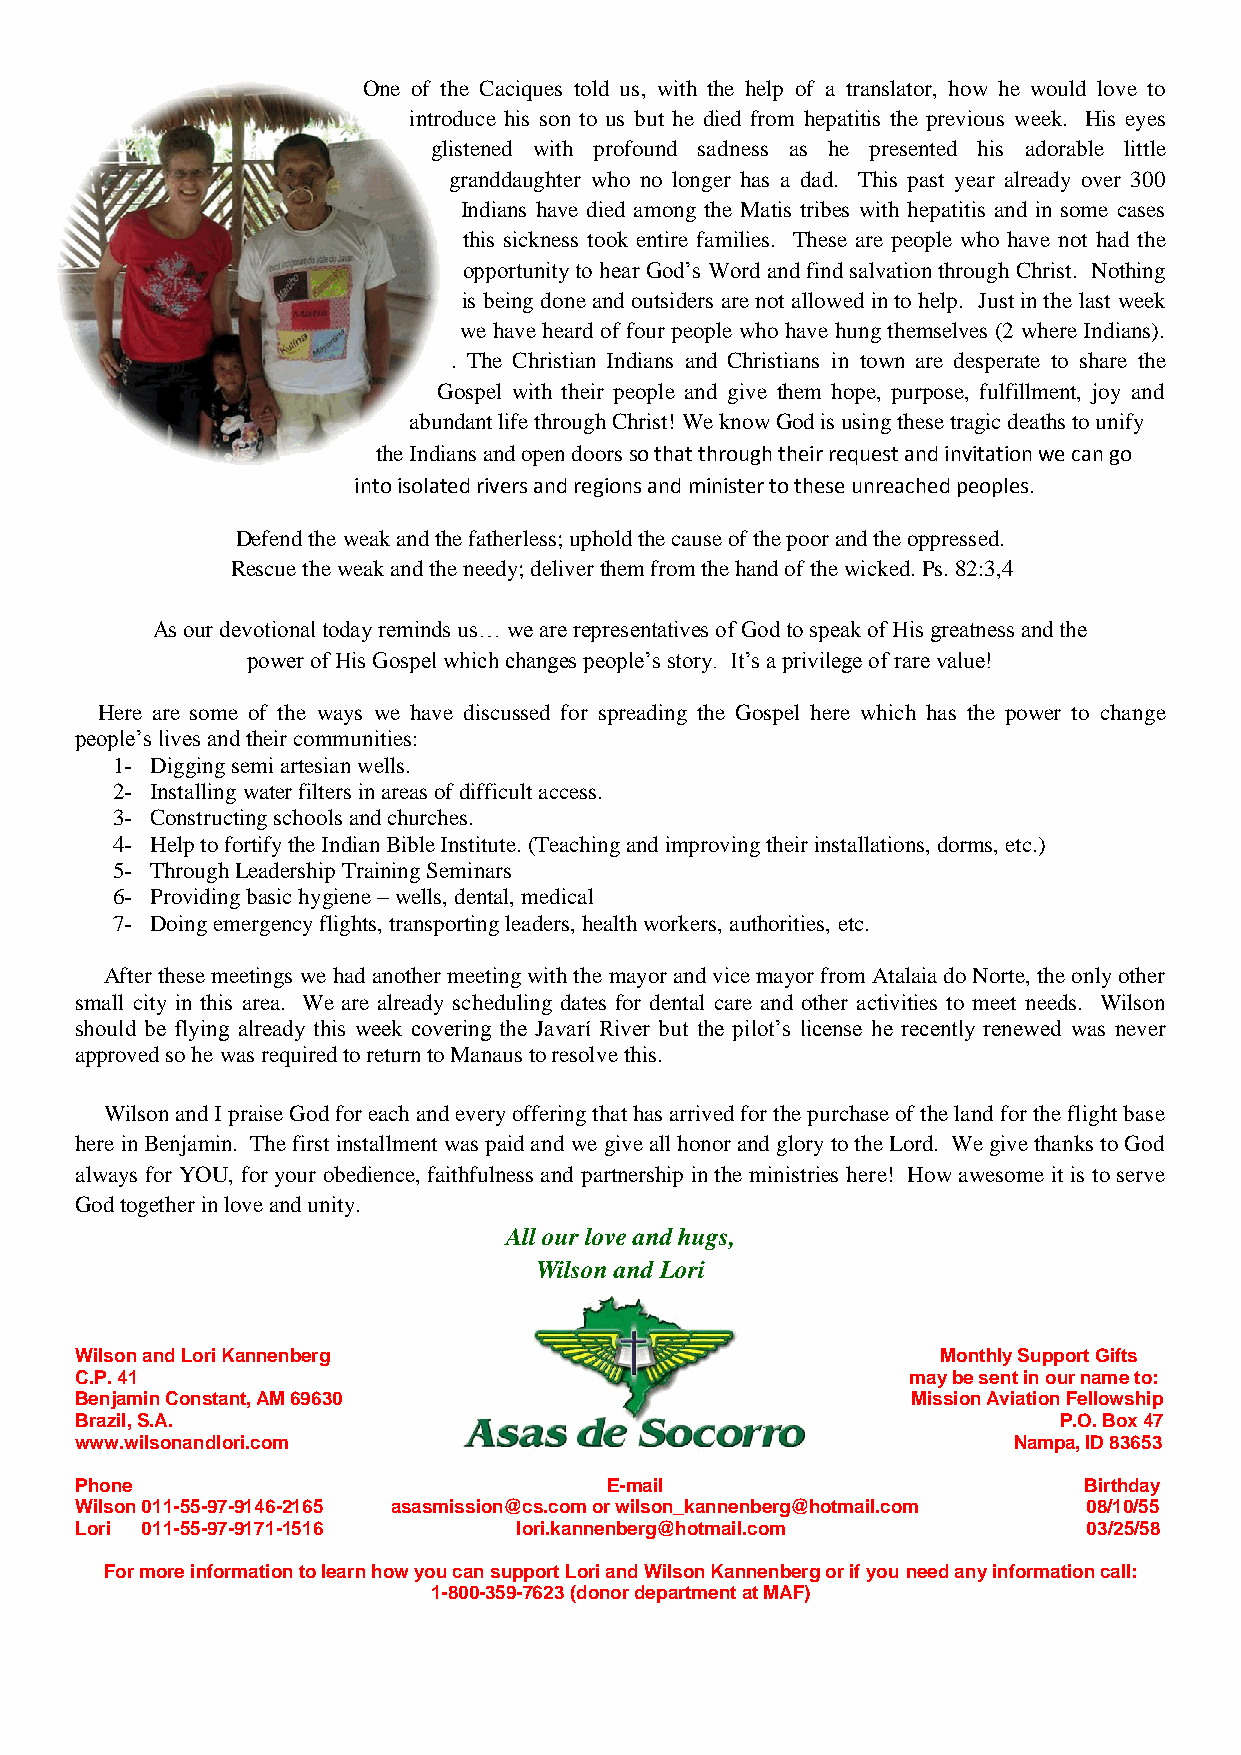
One of the Caciques told us, with the help of a translator, how he would love to
 introduce his son to us but he died from hepatitis the previous week. His eyes
 glistened with profound sadness as he presented his adorable little
 granddaughter who no longer has a dad. This past year already over 300
 Indians have died among the Matis tribes with hepatitis and in some cases
 this sickness took entire families. These are people who have not had the
 opportunity to hear God’s Word and find salvation through Christ. Nothing
 is being done and outsiders are not allowed in to help. Just in the last week
 we have heard of four people who have hung themselves (2 where Indians).
 . The Christian Indians and Christians in town are desperate to share the
 Gospel with their people and give them hope, purpose, fulfillment, joy and
 abundant life through Christ! We know God is using these tragic deaths to unify
 the Indians and open doors so that through their request and invitation we can go
 into isolated rivers and regions and minister to these unreached peoples.
 Defend the weak and the fatherless; uphold the cause of the poor and the oppressed.
 Rescue the weak and the needy; deliver them from the hand of the wicked. Ps. 82:3,4
 As our devotional today reminds us… we are representatives of God to speak of His greatness and the
 power of His Gospel which changes people’s story. It’s a privilege of rare value!
 Here are some of the ways we have discussed for spreading the Gospel here which has the power to change
 people’s lives and their communities:
 1- Digging semi artesian wells.
 2- Installing water filters in areas of difficult access.
 3- Constructing schools and churches.
 4- Help to fortify the Indian Bible Institute. (Teaching and improving their installations, dorms, etc.)
 5- Through Leadership Training Seminars
 6- Providing basic hygiene – wells, dental, medical
 7- Doing emergency flights, transporting leaders, health workers, authorities, etc.
 After these meetings we had another meeting with the mayor and vice mayor from Atalaia do Norte, the only other
 small city in this area. We are already scheduling dates for dental care and other activities to meet needs. Wilson
 should be flying already this week covering the Javarí River but the pilot’s license he recently renewed was never
 approved so he was required to return to Manaus to resolve this.
 Wilson and I praise God for each and every offering that has arrived for the purchase of the land for the flight base
 here in Benjamin. The first installment was paid and we give all honor and glory to the Lord. We give thanks to God
 always for YOU, for your obedience, faithfulness and partnership in the ministries here! How awesome it is to serve
 God together in love and unity.
 All our love and hugs,
 Wilson and Lori
 Wilson and Lori Kannenberg                               Monthly Support Gifts
 C.P. 41                                                may be sent in our name to:
 Benjamin Constant, AM 69630                            Mission Aviation Fellowship
 Brazil, S.A.                                                     P.O. Box 47
 www.wilsonandlori.com                                         Nampa, ID 83653
 Phone                              E-mail                          Birthday
 Wilson 011-55-97-9146-2165 asasmission@cs.com or wilson_kannenberg@hotmail.com 08/10/55
 Lori 011-55-97-9171-1516     lori.kannenberg@hotmail.com           03/25/58
 For more information to learn how you can support Lori and Wilson Kannenberg or if you need any information call:
 1-800-359-7623 (donor department at MAF)